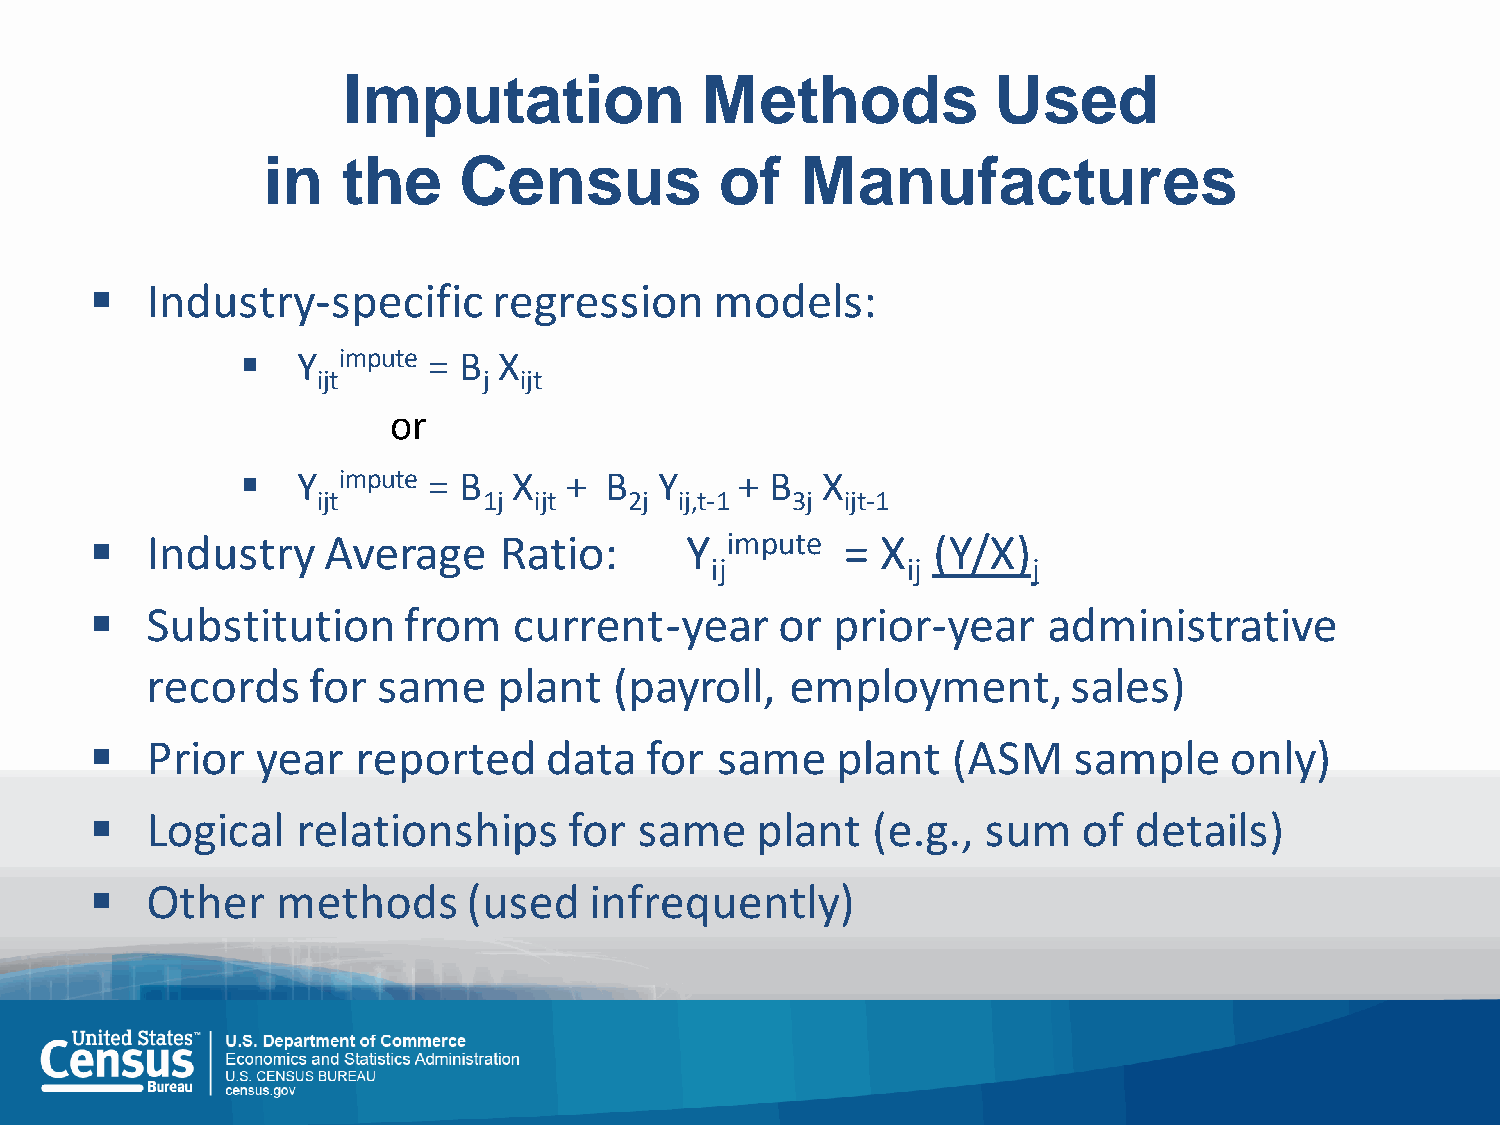
Imputation             Methods             Used
 in    the    Census            of   Manufactures
    Industry-specific      regression    models:
    Y impute = B X
 ijt        j ijt
 or
    Y impute = B  X  +  B   Y    + B  X
 ijt        1j ijt    2j ij,t-1 3j  ijt-1
    Industry   Average     Ratio:      Y  impute  = X   (Y/X)
 ij           ij      j
    Substitution     from   current-year      or prior-year    administrative
 records   for  same    plant   (payroll,  employment,        sales)
    Prior  year   reported    data   for same    plant   (ASM    sample    only)
    Logical   relationships     for same    plant   (e.g., sum    of details)
    Other   methods      (used   infrequently)